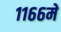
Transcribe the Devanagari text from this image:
११६६में